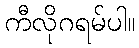
ကီလိုဂရမ်ပါ။